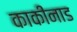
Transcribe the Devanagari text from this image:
काकीनाड